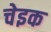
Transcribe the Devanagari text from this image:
चेइक